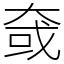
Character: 㚜